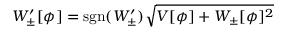
W _ { \pm } ^ { \prime } [ \phi ] = \mathrm { s g n } ( W _ { \pm } ^ { \prime } ) \sqrt { V [ \phi ] + W _ { \pm } [ \phi ] ^ { 2 } }